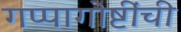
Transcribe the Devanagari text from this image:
गप्पागोष्टींची